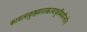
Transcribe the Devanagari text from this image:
कामलाकुष्ठवातास्रज्वरकृमिवमीन्हरेत्